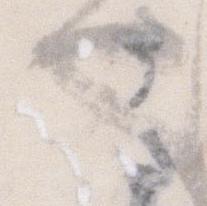
也